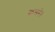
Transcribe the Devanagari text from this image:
कमरे।